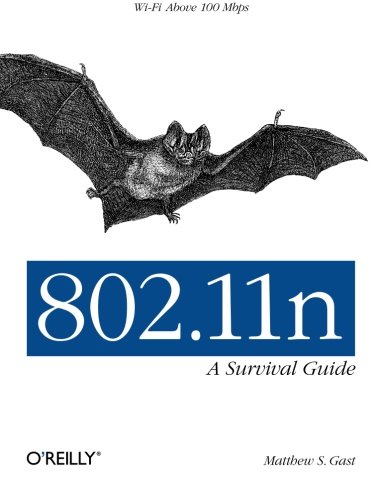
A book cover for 802.11n: A Survival Guide; Matthew S. Gast; Computers & Technology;